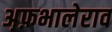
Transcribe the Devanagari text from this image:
अ़फ़भालेराव